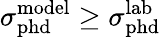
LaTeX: \sigma_{\mathrm{{phd}}}^{\mathrm{{model}}}\geq\sigma_{\mathrm{{phd}}}^{\mathrm{{lab}}}